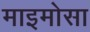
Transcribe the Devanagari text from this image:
माइमोसा